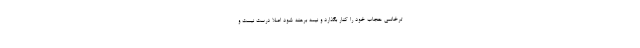
ترخانمی حجاب خود را کنار بگذارد و نیمه برهنه شود اصلاً درست نیست و